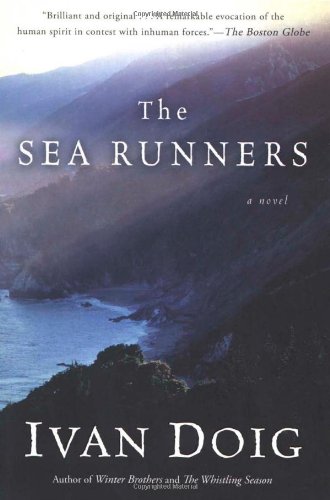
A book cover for The Sea Runners; Ivan Doig; Literature & Fiction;